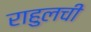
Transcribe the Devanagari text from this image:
राहुलची